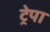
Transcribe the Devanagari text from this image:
ट्रेपा